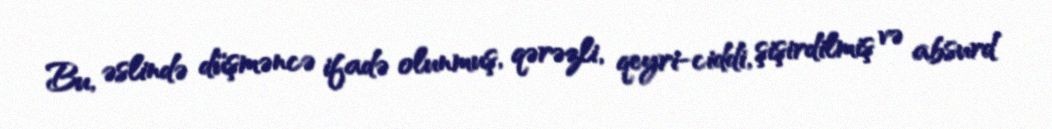
Bu, əslində düşməncə ifadə olunmuş, qərəzli, qeyri-ciddi, şişirdilmiş və absurd